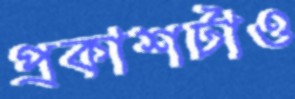
প্রকাশটাও